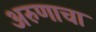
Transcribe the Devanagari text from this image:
अरुणाचा